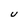
Character: U